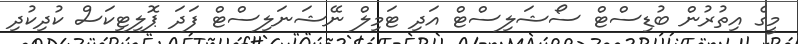
މީގެ އިތުރުން ބުޑިސްޓް ސޯޝަލިސްޓް އަދި ޓަމިލް ނޭޝަނަލިސްޓް ފަދަ ޕޮލިޓިކަސް ކުދިކުދި